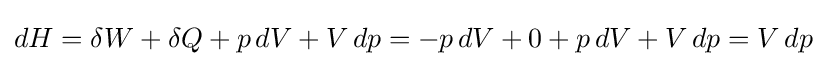
dH=\delta W+\delta Q+p\,dV+V\,dp=-p\,dV+0+p\,dV+V\,dp=V\,dp